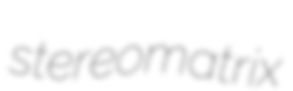
stereomatrix